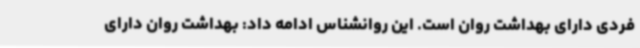
فردی دارای بهداشت روان است. این روانشناس ادامه داد: بهداشت روان دارای